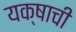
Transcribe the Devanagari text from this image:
यक्षाची